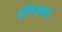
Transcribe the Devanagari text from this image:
डोंगरमाथे